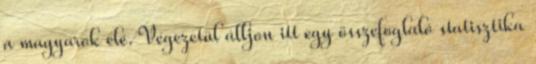
a magyarok elé. Végezetül álljon itt egy összefoglaló statisztika